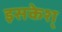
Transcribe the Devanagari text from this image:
इसकेश्